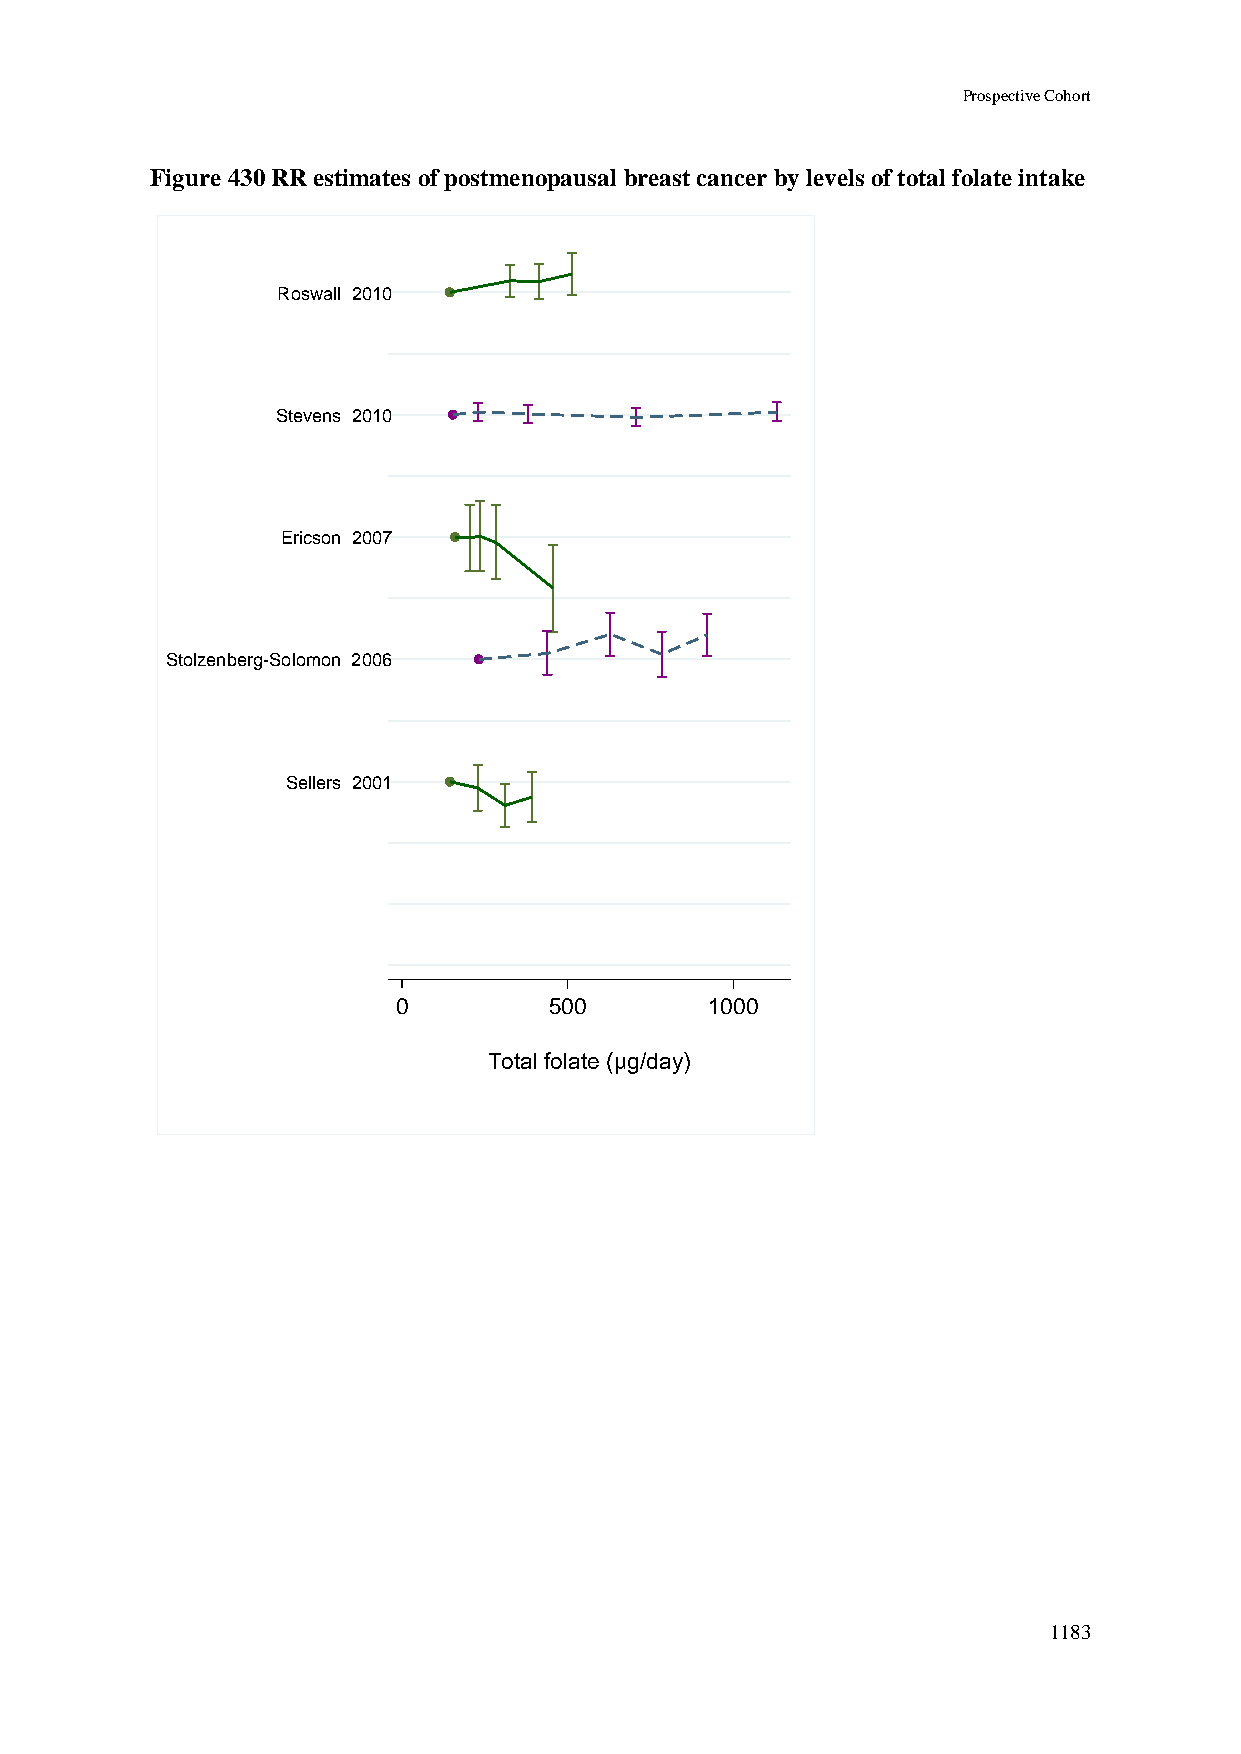
Prospective Cohort
 Figure 430 RR estimates of postmenopausal breast cancer by levels of total folate intake
 Roswall 2010
 Stevens 2010
 Ericson 2007
 Stolzenberg-Solomon 2006
 Sellers 2001
 0         500        1000
 Total folate (µg/day)
 1183